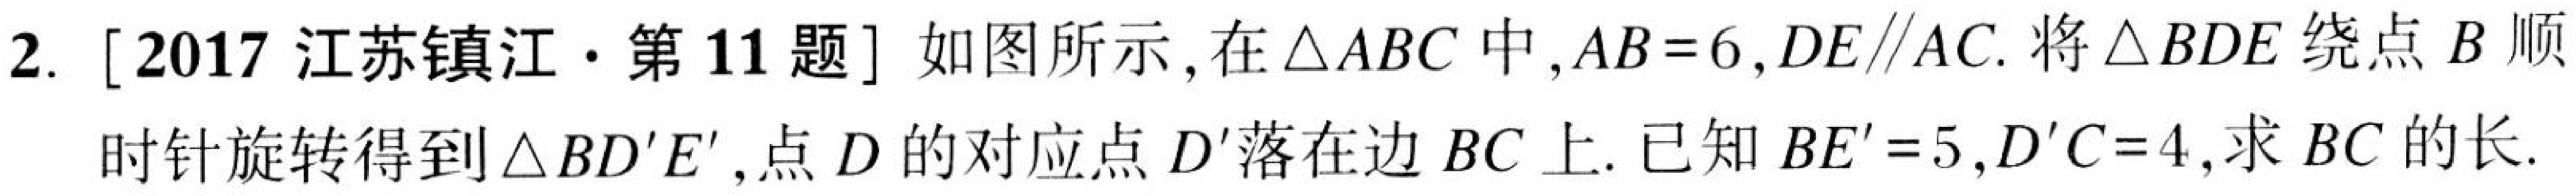
2. [2017江苏镇江·第11题] 如图所示,在\(\triangle ABC\)中,\(AB = 6\),\(DE\parallel AC\).将\(\triangle BDE\)绕点\(B\)顺
时针旋转得到\(\triangle BD'E'\),点\(D\)的对应点\(D'\)落在边\(BC\)上.已知\(BE' = 5\),\(D'C = 4\),求\(BC\)的长.